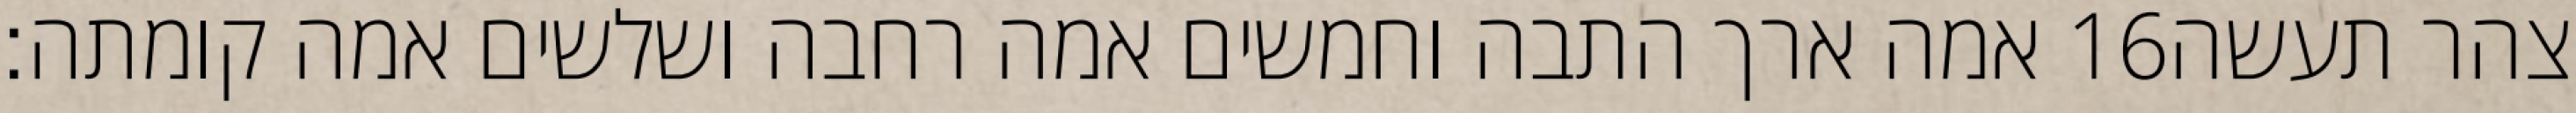
אמה ארך התבה וחמשים אמה רחבה ושלשים אמה קומתה׃ ‎16‏ צהר תעשה